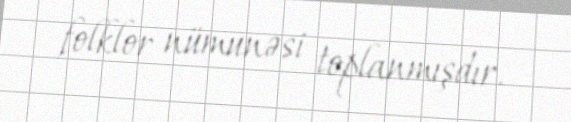
folklor nümunəsi toplanmışdır.